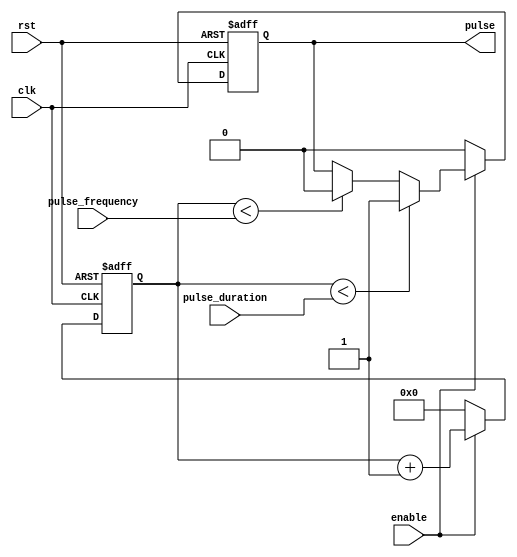
module pulse_generator(
    input wire clk,
    input wire rst,
    input wire enable,
    input wire [31:0] pulse_duration,
    input wire [31:0] pulse_frequency,
    output reg pulse
);

reg [31:0] count;
reg active;

always @(posedge clk or posedge rst) begin
    if (rst) begin
        count <= 0;
        active <= 0;
        pulse <= 0;
    end else begin
        if (enable) begin
            if (count < pulse_duration) begin
                active <= 1;
                pulse <= 1;
            end else if (count < pulse_frequency) begin
                active <= 1;
                pulse <= 0;
            end else begin
                count <= 0;
                active <= 0;
            end
            count <= count + 1;
        end else begin
            count <= 0;
            active <= 0;
            pulse <= 0;
        end
    end
end

endmodule